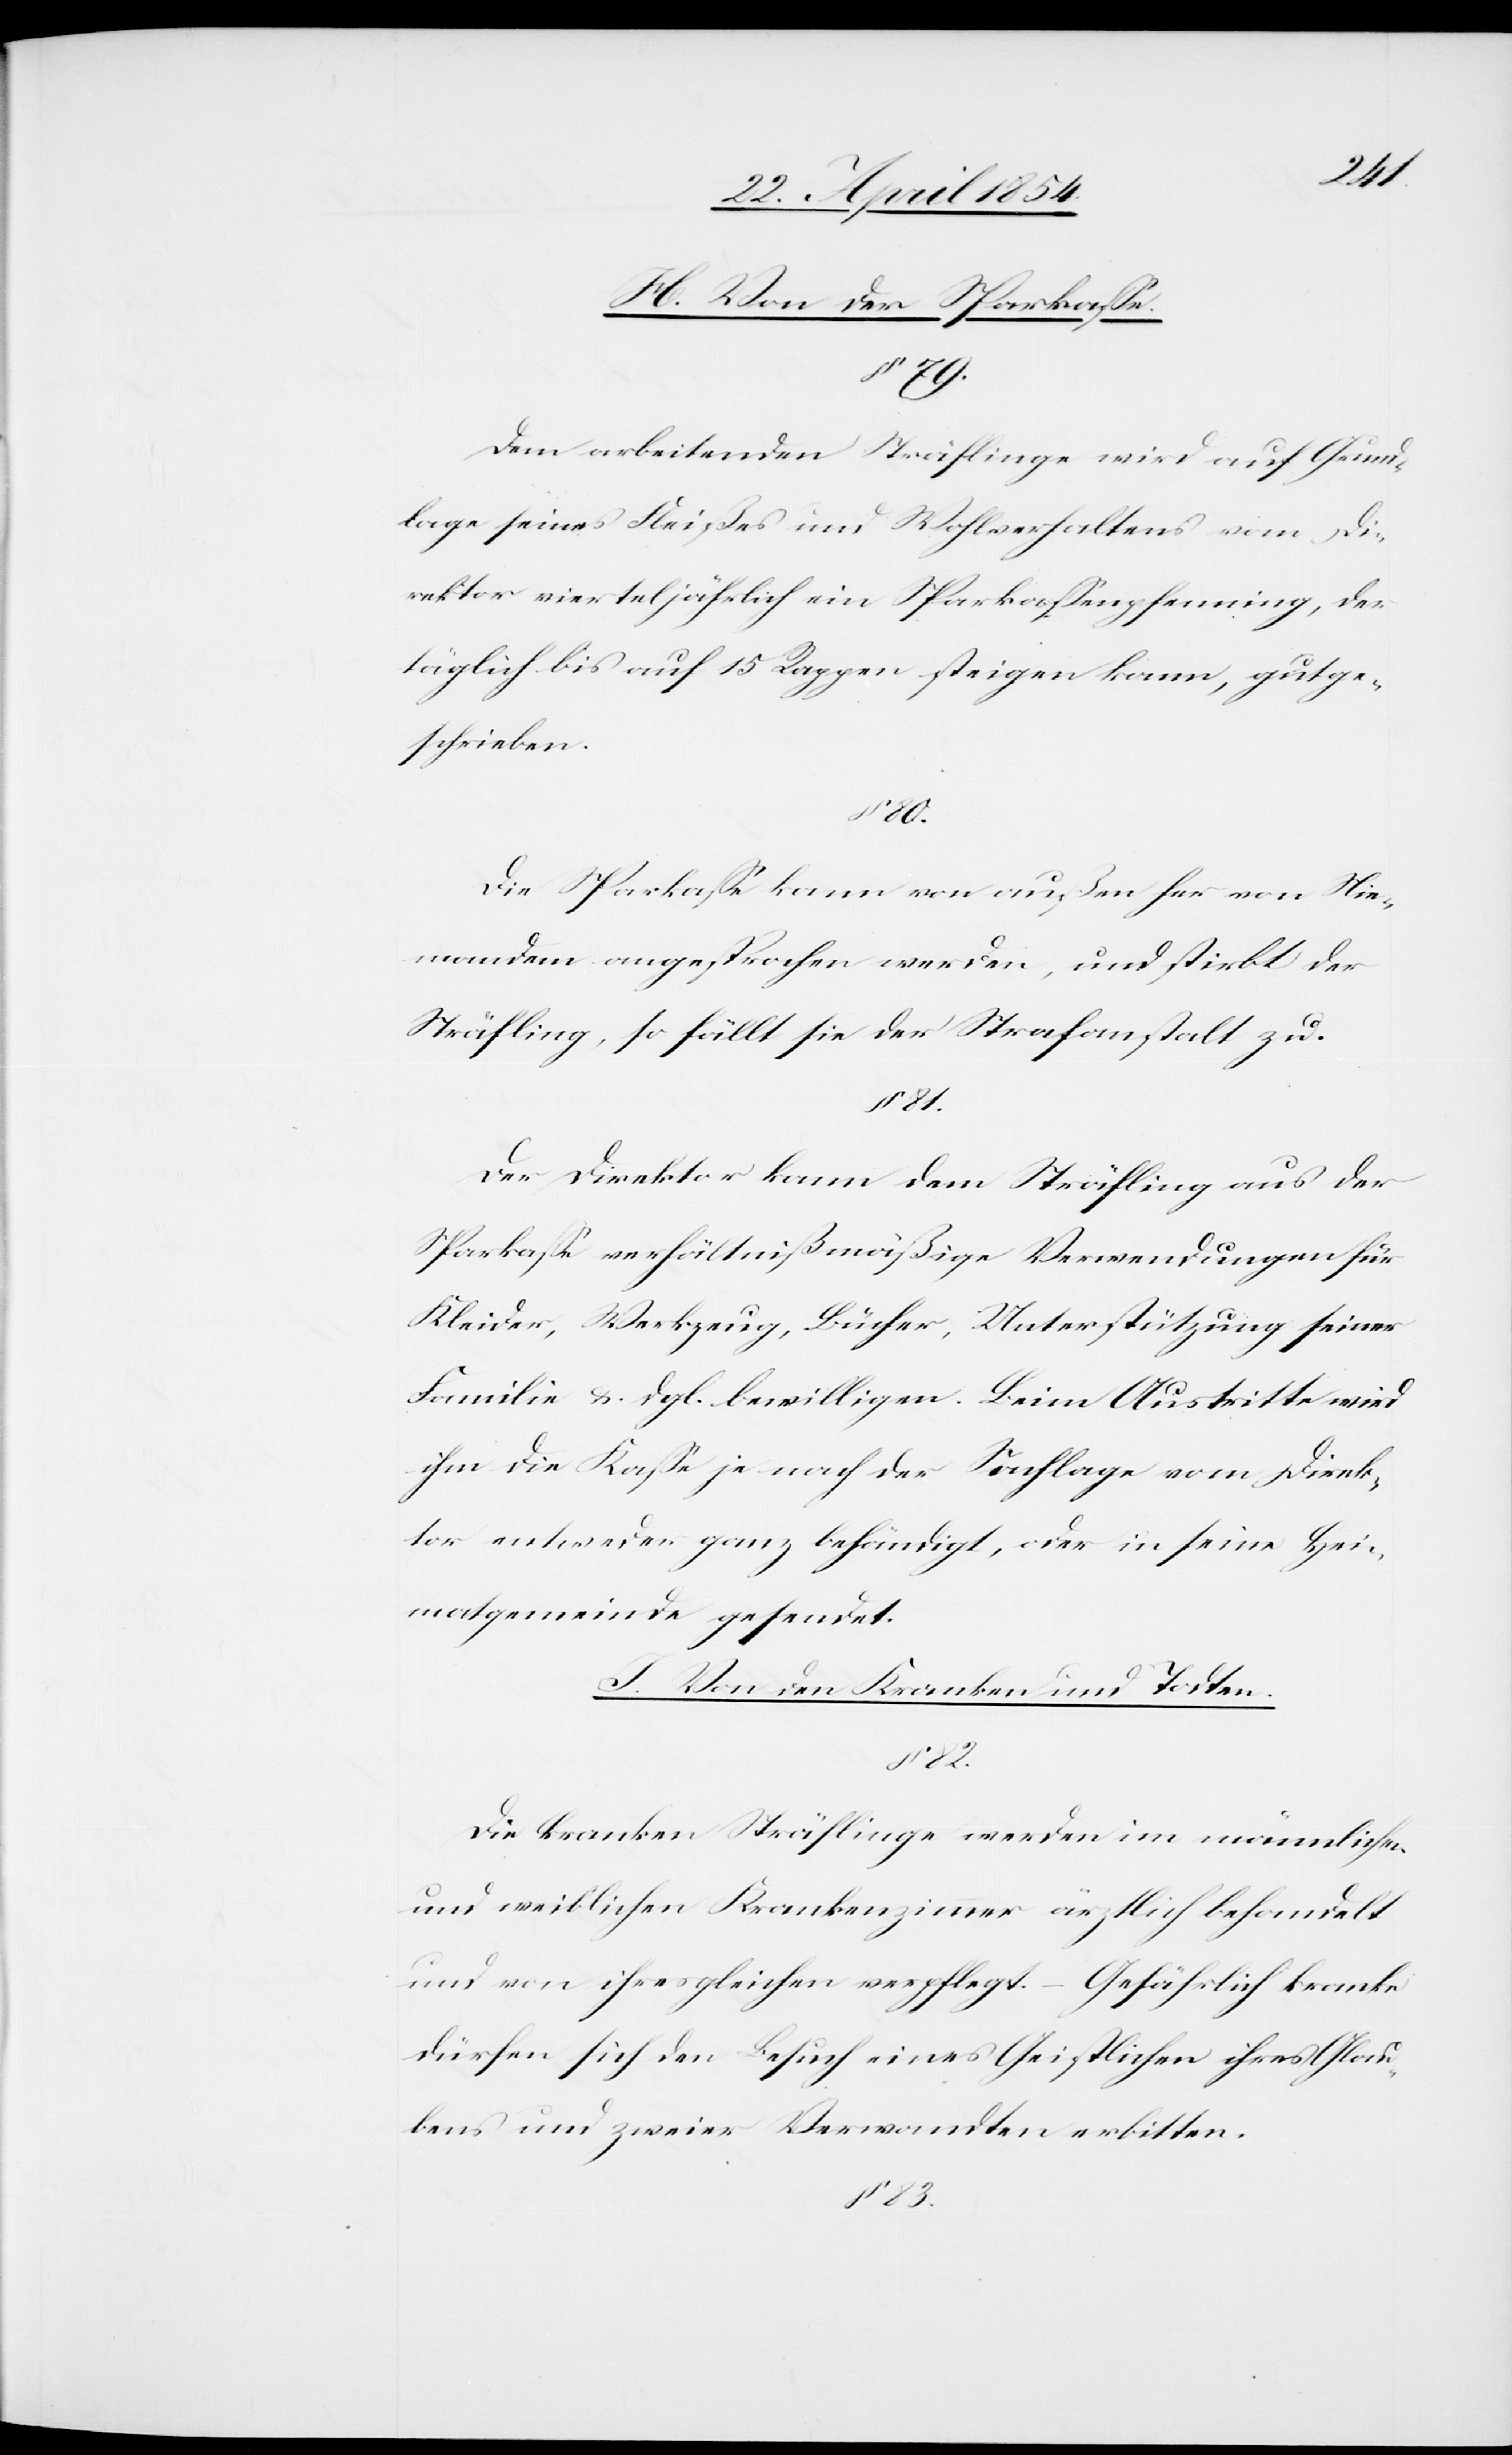
H. Von der Sparkaße.
§ 79.
Dem arbeitenden Sträflinge wird auf Grund¬
lage seines Fleißes und Wohlverhaltens vom Di¬
rektor vierteljährlich ein Sparkaßenpfenning, der
täglich bis auf 15 Rappen steigen kann, gutge¬
schrieben.
§ 80.
Die Sparkaße kann von außen her von Nie¬
mandem angesprochen werden, und stirbt der
Sträfling, so fällt sie der Strafanstalt zu.
§ 81.
Der Direktor kann dem Sträfling aus der
Sparkaße verhältnißmäßige Verwendungen für
Kleider, Werkzeug, Bücher, Unterstützung seiner
Familie u. dgl. bewilligen. Beim Austritte wird
ihm die Kaße je nach der Sachlage vom Direk¬
tor entweder ganz behändigt, oder in seine Hei¬
matgemeinde gesendet.
I. Von den Kranken und Todten.
Die kranken Sträflinge werden im männlichen
und weiblichen Krankenzimmer ärztlich behandelt
und von ihresgleichen verpflegt. – Gefährlich kranke
dürfen sich den Besuch eines Geistlichen ihres Glau¬
bens und zweier Verwandten erbitten.
§ 83.